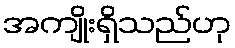
အကျိုးရှိသည်ဟု